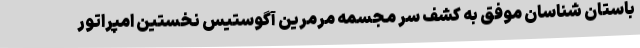
باستان شناسان موفق به کشف سر مجسمه مرمرین آگوستیس نخستین امپراتور